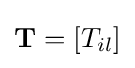
\mathbf {T} =[T_{il}]